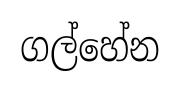
ගල්හේන